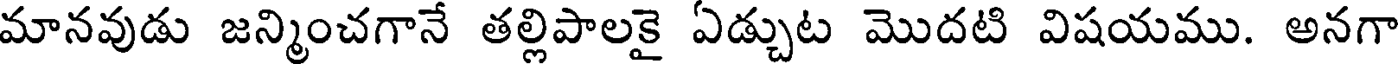
మానవుడు జన్మించగానే తల్లిపాలకై ఏడ్చుట మొదటి విషయము. అనగా